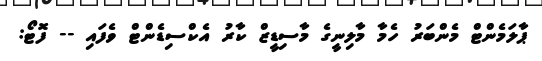
ޕާލަމެންޓް މެންބަރު ހެމާ މާލިނީގެ މާސިޑީޒް ކާރު އެކްސިޑެންޓް ވެފައި -- ފޮޓޯ: